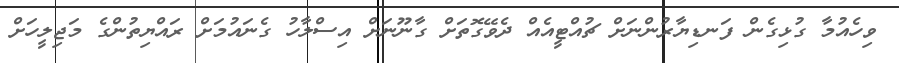
ވިހެއުމާ ގުޅިގެން ފަނޑިޔާރުންނަށް ޗުއްޓީއެއް ދެވޭގޮތަށް ގާނޫނަށް އިސްލާހު ގެނައުމަށް ރައްޔިތުންގެ މަޖިލީހަށް